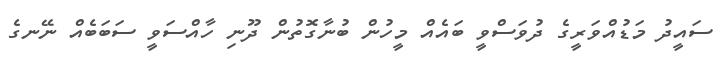
ސައީދު މަޑުއްވަރީގެ ދުވަސްވީ ބައެއް މީހުން ބުނާގޮތުން ދޫނި ހާއްސަވީ ސަބަބެއް ނޭނގެ